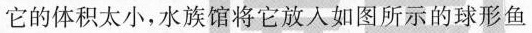
它的体积太小，水族馆将它放入如图所示的球形鱼